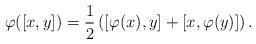
LaTeX: \begin{align*}\varphi([x,y])= \frac{1}{2} \left([\varphi(x),y]+ [x, \varphi(y)] \right).\end{align*}